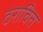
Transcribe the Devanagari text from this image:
ठरावित